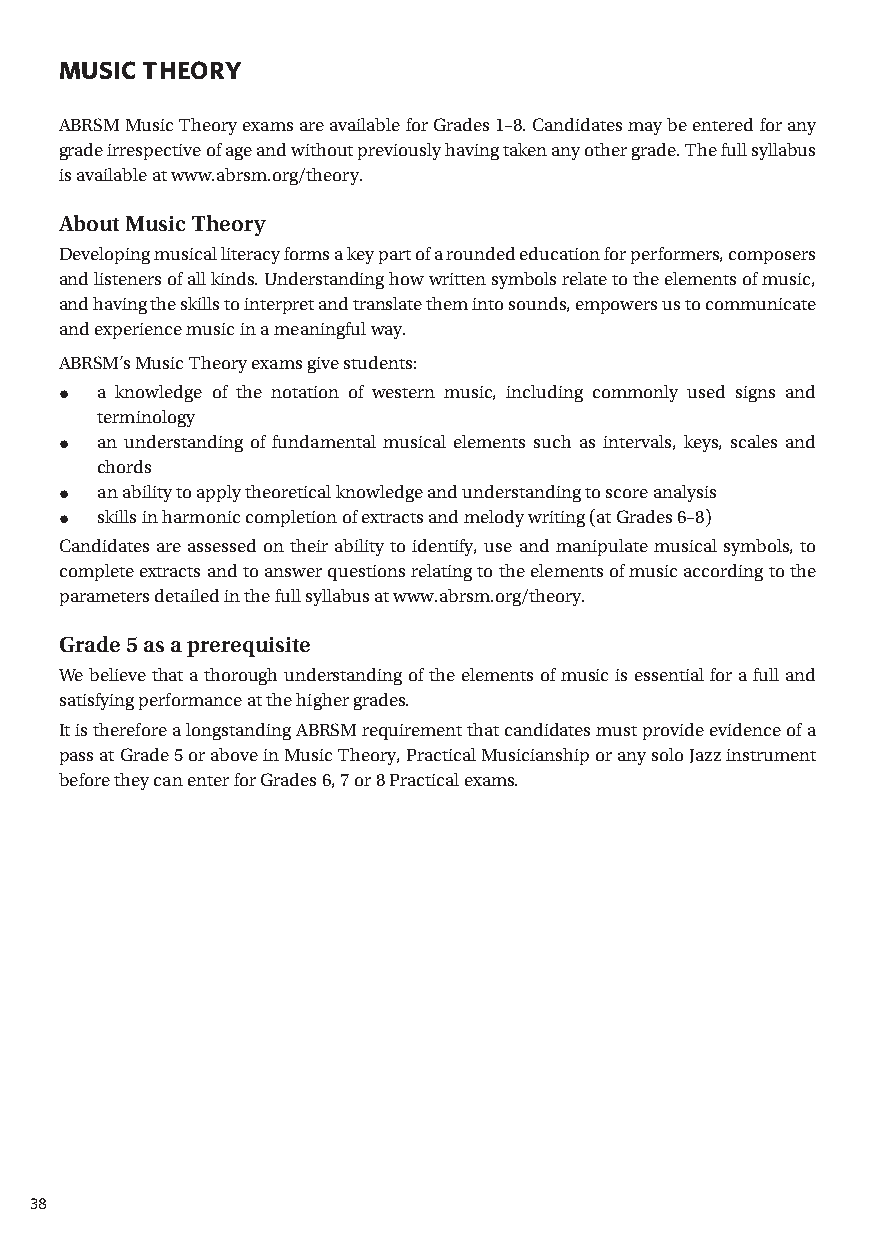
MUSIC T HEORY
 ABRSM Music T heory exams are available for Grades 1–8. Candidates may be entered for any
 grade irrespective of age and without previously having taken any other grade. T he full syllabus
 is available at www.abrsm.org/theory.
 About Music T heory
 Developing musical literacy forms a key part of a rounded education for performers, composers
 and listeners of all kinds. Understanding how written symbols relate to the elements of music,
 and having the skills to interpret and translate them into sounds, empowers us to communicate
 and experience music in a meaningful way.
 ABRSM’s Music T heory exams give students:
 •  a knowledge of the notation of western music, including commonly used signs and
 terminol ogy
 •  an understanding of fundamental musical elements such as intervals, keys, scales and
 chords
 •  an ability to apply theoretical knowledge and understanding to score analysis
 •  skills in harmonic completion of extracts and melody writing (at Grades 6–8)
 Candidates are assessed on their ability to identify, use and manipulate musical symbols, to
 complete extracts and to answer questions relating to the elements of music according to the
 parameters detailed in the full syllabus at www.abrsm.org/theory.
 Grade 5 as a prerequisite
 We believe that a thorough understanding of the elements of music is essential for a full and
 satisfying performance at the higher grades.
 It is therefore a longstanding ABRSM requirement that candidates must provide evidence of a
 pass at Grade 5 or above in Music T heory, Practical Musicianship or any solo Jazz instrument
 before they can enter for Grades 6, 7 or 8 Practical exams.
 38